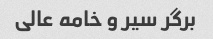
برگر سیر و خامه عالی